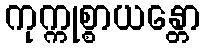
ကုက္ကုစ္စာယန္တော